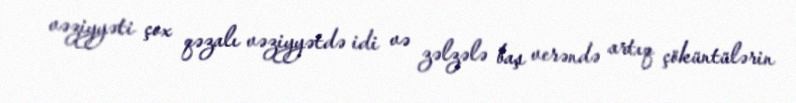
vəziyyəti çox qəzalı vəziyyətdə idi və zəlzələ baş verəndə artıq çöküntülərin